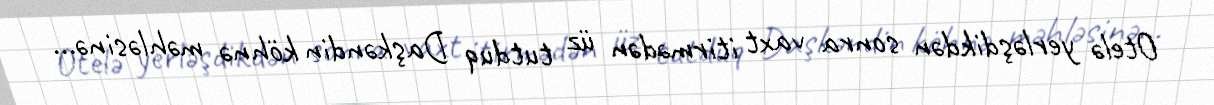
Otelə yerləşdikdən sonra vaxt itirmədən üz tutduq Daşkəndin köhnə məhləsinə...